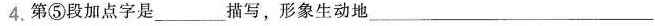
4.第⑤段加点字是___描写，形象生动地___